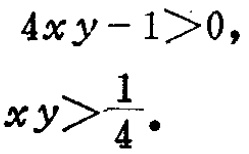
\[

\begin{align*}

4xy - 1 &> 0,\\

xy &> \frac{1}{4}.

\end{align*}

\]